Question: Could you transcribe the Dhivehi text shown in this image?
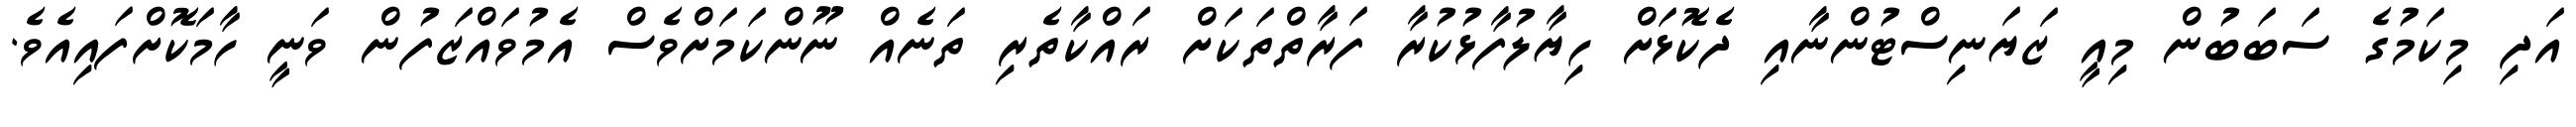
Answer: އަދި މިކަމުގެ ސަބަބުން މިއީ ޒަޔަނިސްޓުންނާއި ދެކޮޅަށް ހިޔާލުފާޅުކުރާ ފަރާތްތަކަށް ރައްކާތެރި ތަނެއް ނޫންކަމަށްވެސް އެމުވައްޒަފުން ވަނީ ހާމަކޮށްފައިއެވެ.